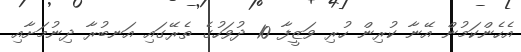
އެހެންކަމުން އޭނާ ކުރިން ހުރި ވަޒީފާ 10 ދުވަހުގެ ތެރޭގައި އަނބުރާ ދިނުމަށާއި